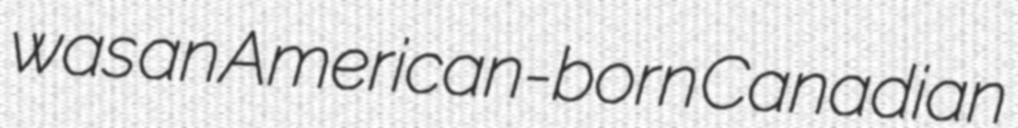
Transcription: was an American-born Canadian